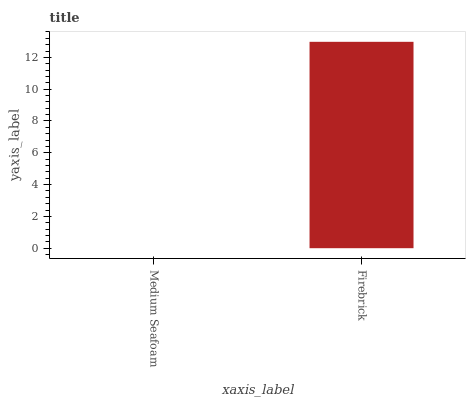
| xaxis_label | bars |
 | --- | --- |
 | Medium Seafoam | 0 |
 | Firebrick | 13 |